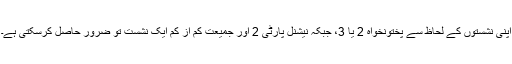
اپنی نشستوں کے لحاظ سے پختونخواہ 2 یا 3، جبکہ نیشنل پارٹی 2 اور جمیعت کم از کم ایک نشست تو ضرور حاصل کرسکتی ہے۔